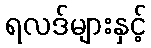
ရလဒ်များနှင့်